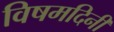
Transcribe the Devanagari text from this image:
विषमदिनी